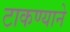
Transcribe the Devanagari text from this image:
टाकण्याने